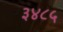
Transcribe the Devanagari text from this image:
३४८५